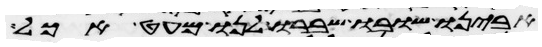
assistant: אבינו שובו ושברו לנו מעט אכל